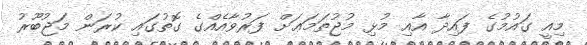
މިއީ ގައުމުގެ ފައިދާ އާއި މުޅި މުޖުތަމަޢަށް ފަރުވާއެއްގެ ގޮތުގައި ކުރަން މަޖުބޫރު